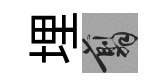
埋翦